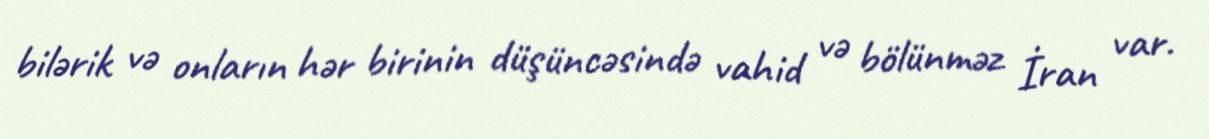
bilərik və onların hər birinin düşüncəsində vahid və bölünməz İran var.